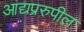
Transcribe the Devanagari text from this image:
आद्यप्ररुपील